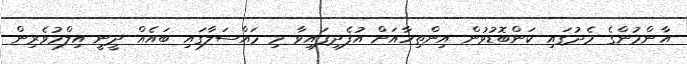
އާންމުންގެ މެދުގައި ކަންބޮޑުވުން އިންތިހާއަށް އުފެދިފައިވާ މި މައްސަލާގައި ބައެއް ދީނީ އިލްމުވެރިން